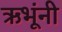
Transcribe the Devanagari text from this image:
ऋभूंनी